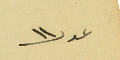
عدد ١١